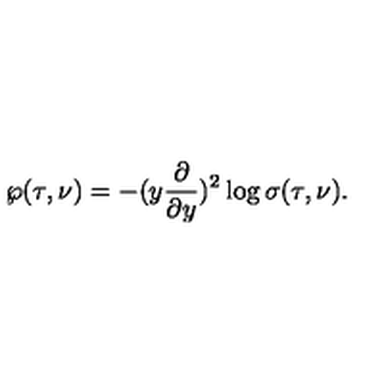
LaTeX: \wp ( \tau , \nu ) = - ( y \frac { \partial } { \partial y } ) ^ { 2 } \log \sigma ( \tau , \nu ) .